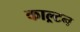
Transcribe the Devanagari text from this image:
काल्र्टन